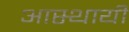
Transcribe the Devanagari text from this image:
आस्थायी